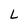
Character: L